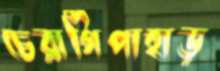
চেরাগিপাহাড়